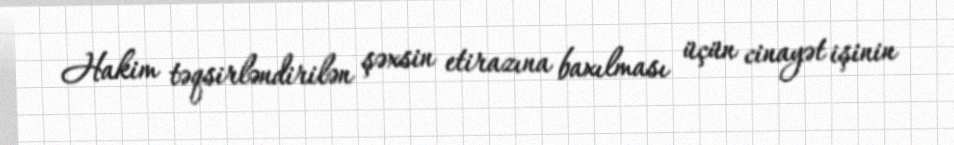
Hakim təqsirləndirilən şəxsin etirazına baxılması üçün cinayət işinin